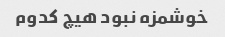
خوشمزه نبود هیچ کدوم